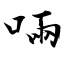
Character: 啢